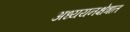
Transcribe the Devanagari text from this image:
अध्ययनक्षेत्रात